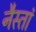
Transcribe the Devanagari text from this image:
नैस्तां